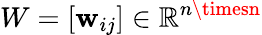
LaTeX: W=[\mathbf{w}_{ij}]\in\mathbb{{R}}^{n\timesn}